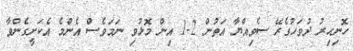
ހޮނިހިރު ދުވަހުގެރޭ ސެވިއްޔާ އަތުން 2-1 އިން މޮޅުވި ނަމަވެސް އެންމެ އެކަށީގެންވާ